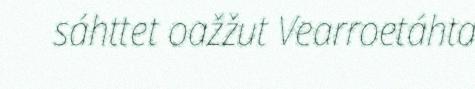
sáhttet oažžut Vearroetáhta